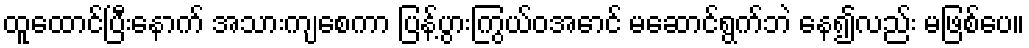
ထူထောင်ပြီးနောက် အသားကျစေကာ ပြန့်ပွားကြွယ်ဝအောင် မဆောင်ရွက်ဘဲ နေ၍လည်း မဖြစ်ပေ။